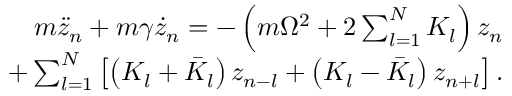
\begin{array} { r l r } & { } & { m \ddot { z } _ { n } + m \gamma \dot { z } _ { n } = - \left( m \Omega ^ { 2 } + 2 \sum _ { l = 1 } ^ { N } K _ { l } \right) z _ { n } } \\ & { } & { + \sum _ { l = 1 } ^ { N } \left[ \left( K _ { l } + \bar { K } _ { l } \right) z _ { n - l } + \left( K _ { l } - \bar { K } _ { l } \right) z _ { n + l } \right] . } \end{array}